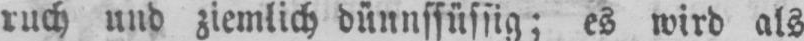
ruch und ziemlich dünnffüssig; es wird als